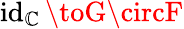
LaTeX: \operatorname{id}_{\mathbb{C}}\toG\circF